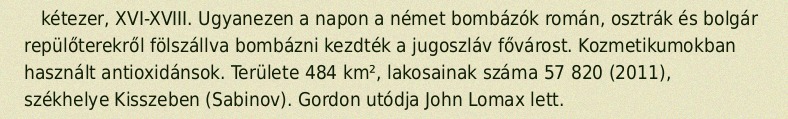
kétezer, XVI-XVIII. Ugyanezen a napon a német bombázók román, osztrák és bolgár repülőterekről fölszállva bombázni kezdték a jugoszláv fővárost. Kozmetikumokban használt antioxidánsok. Területe 484 km², lakosainak száma 57 820 (2011), székhelye Kisszeben (Sabinov). Gordon utódja John Lomax lett.